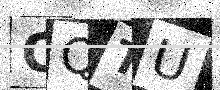
Text: CQTU